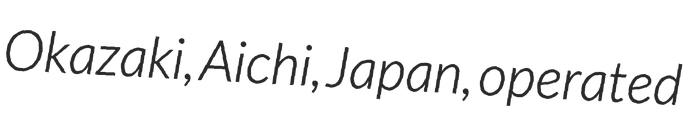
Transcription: Okazaki, Aichi, Japan, operated